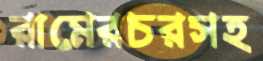
রামেরচরসহ